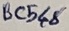
Text: BC548